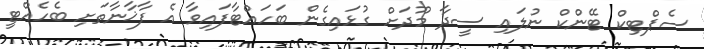
ސެޕްޓިކް ޓޭންކް ނުލައި ސީދާ މޫދަށް ގުޅައިގެން ބަހައްޓާފައިވާ އެ ފާޚާނާތަށި ބެހެއްޓީ